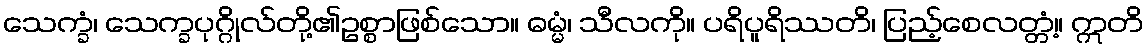
သေက္ခံ၊ သေက္ခပုဂ္ဂိုလ်တို့၏ဥစ္စာဖြစ်သော။ ဓမ္မံ၊ သီလကို။ ပရိပူရိဿတိ၊ ပြည့်စေလတ္တံ့။ ဣတိ